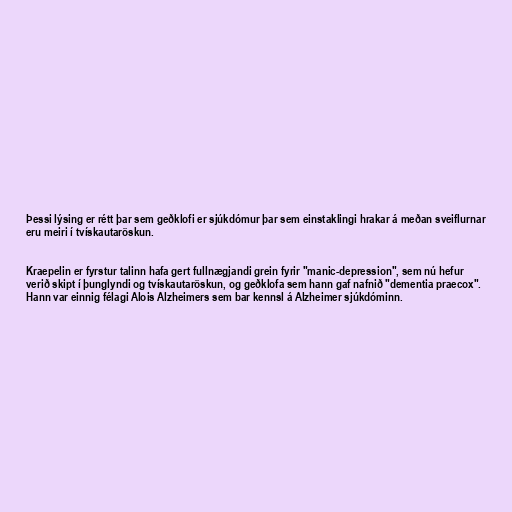
Þessi lýsing er rétt þar sem geðklofi er sjúkdómur þar sem einstaklingi hrakar á meðan sveiflurnar
eru meiri í tvískautaröskun.

Kraepelin er fyrstur talinn hafa gert fullnægjandi grein fyrir "manic-depression", sem nú hefur
verið skipt í þunglyndi og tvískautaröskun, og geðklofa sem hann gaf nafnið "dementia praecox".
Hann var einnig félagi Alois Alzheimers sem bar kennsl á Alzheimer sjúkdóminn.